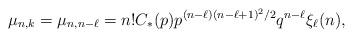
LaTeX: \begin{align*}\mu_{n,k} = \mu_{n,n-\ell} = n! C_*(p) p^{(n-\ell)(n-\ell+1)^2/2}q^{n-\ell} \xi_{\ell}(n),\end{align*}